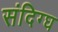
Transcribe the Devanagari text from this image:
संदिग्घ